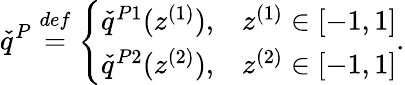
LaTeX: \check{q}^{P}\overset{def}{=}\left\{ \begin{array}{ll}{\check{q}^{P1}(z^{(1)}),}&{z^{(1)}\in[-1,1]}\\ {\check{q}^{P2}(z^{(2)}),}&{z^{(2)}\in[-1,1]}\end{array}\right..